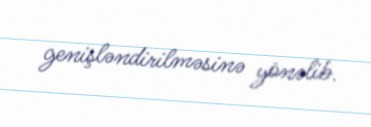
genişləndirilməsinə yönəlib.